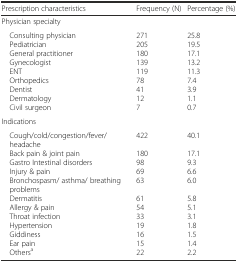
<table><thead><tr><td><b>Prescription characteristics</b></td><td><b>Frequency (N)</b></td><td><b>Percentage (%)</b></td></tr></thead><tbody><tr><td colspan="3">Physician specialty</td></tr><tr><td> Consulting physician Pediatrician General practitioner Gynecologist ENT Orthopedics Dentist Dermatology Civil surgeon</td><td>2712051801391197841127</td><td>25.819.517.113.211.37.43.91.10.7</td></tr><tr><td colspan="3">Indications</td></tr><tr><td> Cough/cold/congestion/fever/headache Back pain &amp; joint pain Gastro Intestinal disorders Injury &amp; pain Bronchospasm/ asthma/ breathing problems Dermatitis Allergy &amp; pain Throat infection Hypertension Giddiness Ear pain Others<sup>a</sup></td><td>42218098696361543319161522</td><td>40.117.19.36.66.05.85.13.11.81.51.42.2</td></tr></tbody></table>